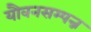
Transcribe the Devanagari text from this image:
यौवनसम्पन्न